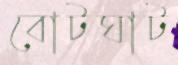
বোটঘাট